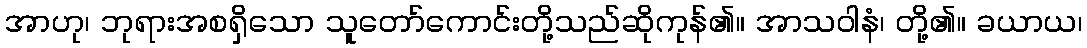
အာဟု၊ ဘုရားအစရှိသော သူတော်ကောင်းတို့သည်ဆိုကုန်၏။ အာသဝါနံ၊ တို့၏။ ခယာယ၊